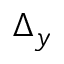
\Delta _ { y }